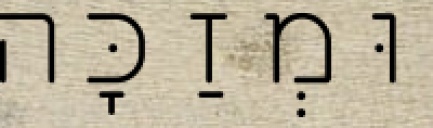
וּמְזַכָּה